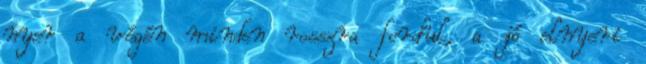
nyer a végén minden rosszra fordul, a jó elnyeri